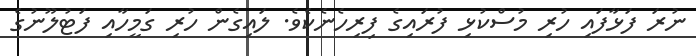
ނުރަ ފަޅާފައި ހުރި މުސްކުޅި ފުރައިގެ ފިރިހެނެކެވެ. ލައިގެން ހުރި ގަމީހާއި ފަޓުލޫނުގެ